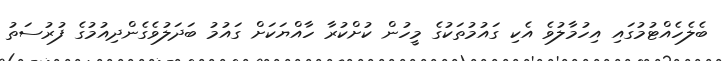
ބެލެހެއްޓުމުގައި އިހުމާލުވެ އެކި ގައުމުތަކުގެ މީހުން ކުށްކުރާ ހާއްޔަކަށް ގައުމު ބަދަލުވެގެންދިއުމުގެ ފުރުސަތު